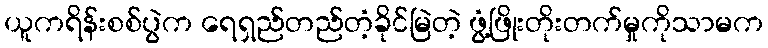
ယူကရိန်းစစ်ပွဲက ရေရှည်တည်တံ့ခိုင်မြဲတဲ့ ဖွံ့ဖြိုးတိုးတက်မှုကိုသာမက